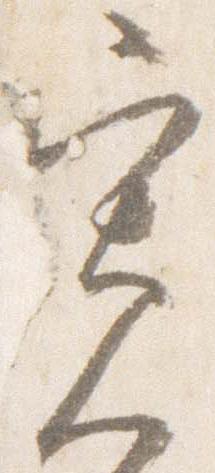
寛